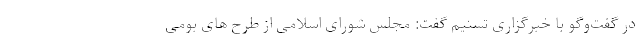
در گفت‌وگو با خبرگزاری تسنیم گفت: مجلس شورای اسلامی از طرح های بومی